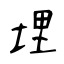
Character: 埋